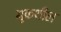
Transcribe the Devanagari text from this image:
मुकशील